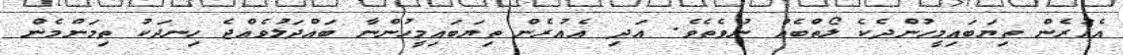
އެއުރެން ތިޔަބައިމީހުންދެކެ ލޯތްބެއް ނުވެތެވެ. އަދި އެއުރެން ތިޔަބައިމީހުންނާ ބައްދަލުވެއްޖެ ހިނދަކު ތިމަންމެން